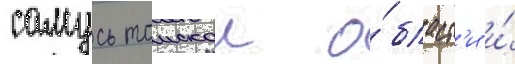
самусь томскои о́бласт'и и́